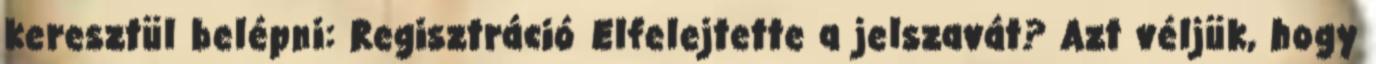
keresztül belépni: Regisztráció Elfelejtette a jelszavát? Azt véljük, hogy